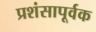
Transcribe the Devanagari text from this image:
प्रशंसापूर्वक